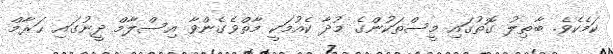
ކަމެކެވެ. ބާޠިލު ގޮތުގައި މީސްތަކުންގެ މުދާ ކެއުމަކީ މާތްވެގެންވާ އިސްލާމް ދީނުގައި ޙަރާމް